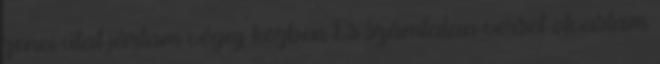
zenei útat jártam végig közben És számtalan verset olvastam